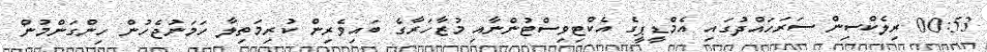
00:53 ރިލެކްސިން ސަރަހައްދުގައި އެމްޑީޕީގެ އެކްޓިވިސްޓުންނާއި މުޒާހަރާގެ ބައިވެރިން ކުރިމަތިލާ ހަމަނުޖެހުން ހިންގަންމުން